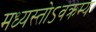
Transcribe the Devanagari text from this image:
मध्यस्तोऽवक्रम्य